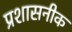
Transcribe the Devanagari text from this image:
प्रशासनीक